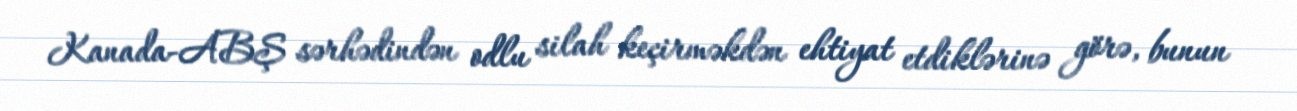
Kanada-ABŞ sərhədindən odlu silah keçirməkdən ehtiyat etdiklərinə görə, bunun